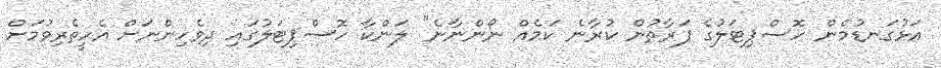
އަޅުގަނޑުމެން ހޮސްޕިޓަލުގެ ފަރާތުން ކުރާނެ ކަމެއް ނޯންނާނެ" ލަންކާ ހޮސްޕިޓަލުގައި ދިވެހިންނަށް އެހީތެރިވުމަށް